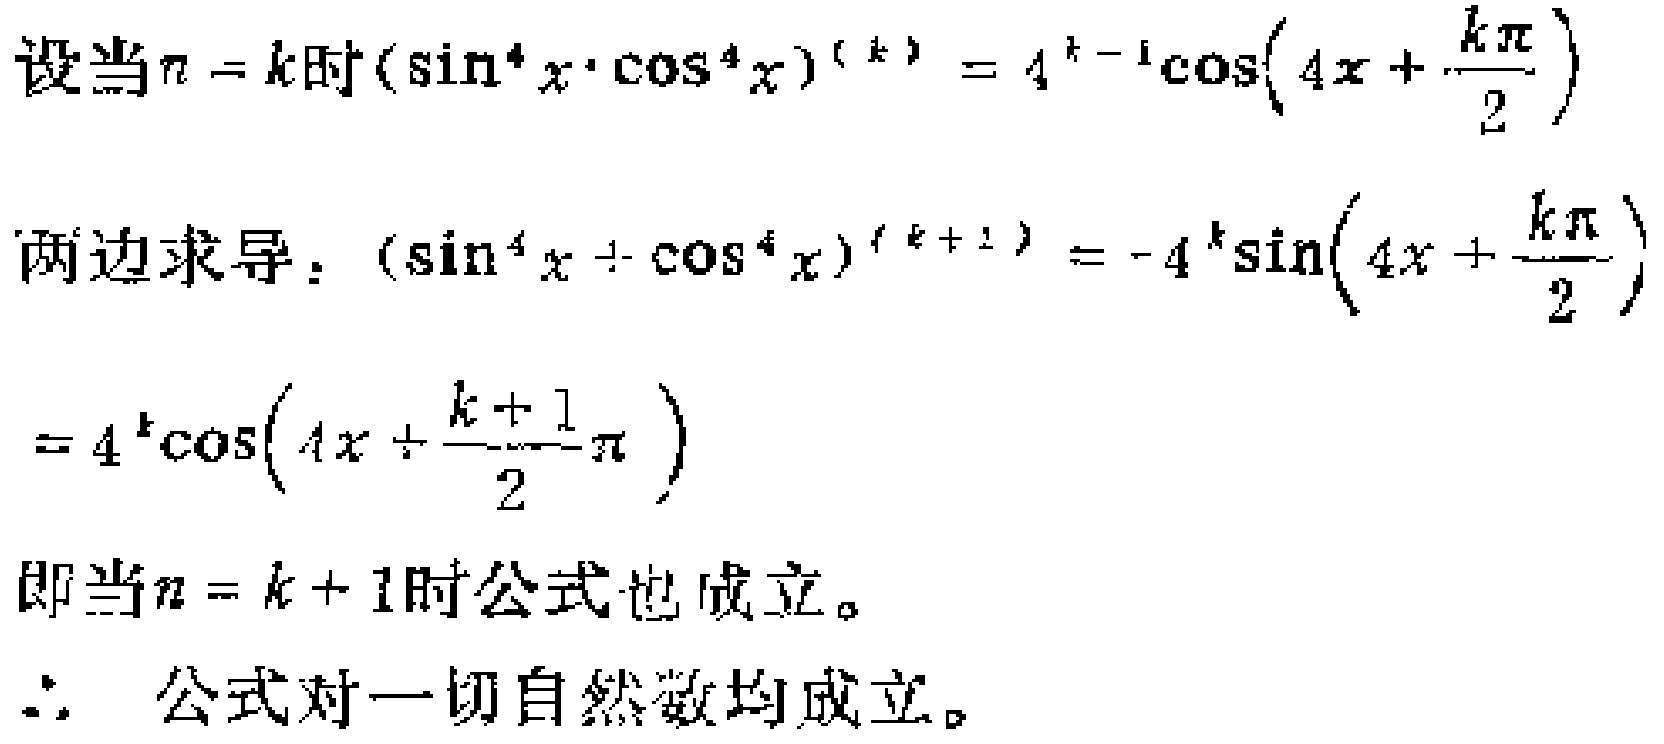
设当\(n = k\)时\((\sin^{4}x\cdot\cos^{4}x)^{(k)} = 4^{k - 1}\cos\left(4x + \frac{k\pi}{2}\right)\)

两边求导：\((\sin^{4}x + \cos^{4}x)^{(k + 1)} = -4^{k}\sin\left(4x + \frac{k\pi}{2}\right)\)

\(= 4^{k}\cos\left(4x + \frac{k + 1}{2}\pi\right)\)

即当\(n = k + 1\)时公式也成立。

\(\therefore\) 公式对一切自然数均成立。